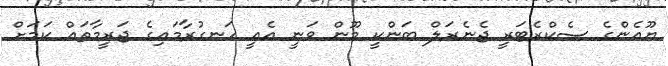
ޔޫއެންގެ ސެކްރެޓަރީ ޖެނެރަލް ބަންކީ މޫން ވަނީ އެއީ ހަނގުރާމައިގެ ޖަރީމާތައް ކަމަށް